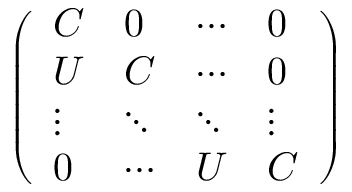
\scriptstyle { \left( \begin{array} { l l l l } { C } & { 0 } & { \cdots } & { 0 } \\ { U } & { C } & { \cdots } & { 0 } \\ { \vdots } & { \ddots } & { \ddots } & { \vdots } \\ { 0 } & { \cdots } & { U } & { C } \end{array} \right) }